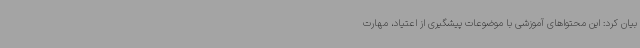
بیان کرد: این محتواهای آموزشی با موضوعات پیشگیری از اعتیاد، مهارت